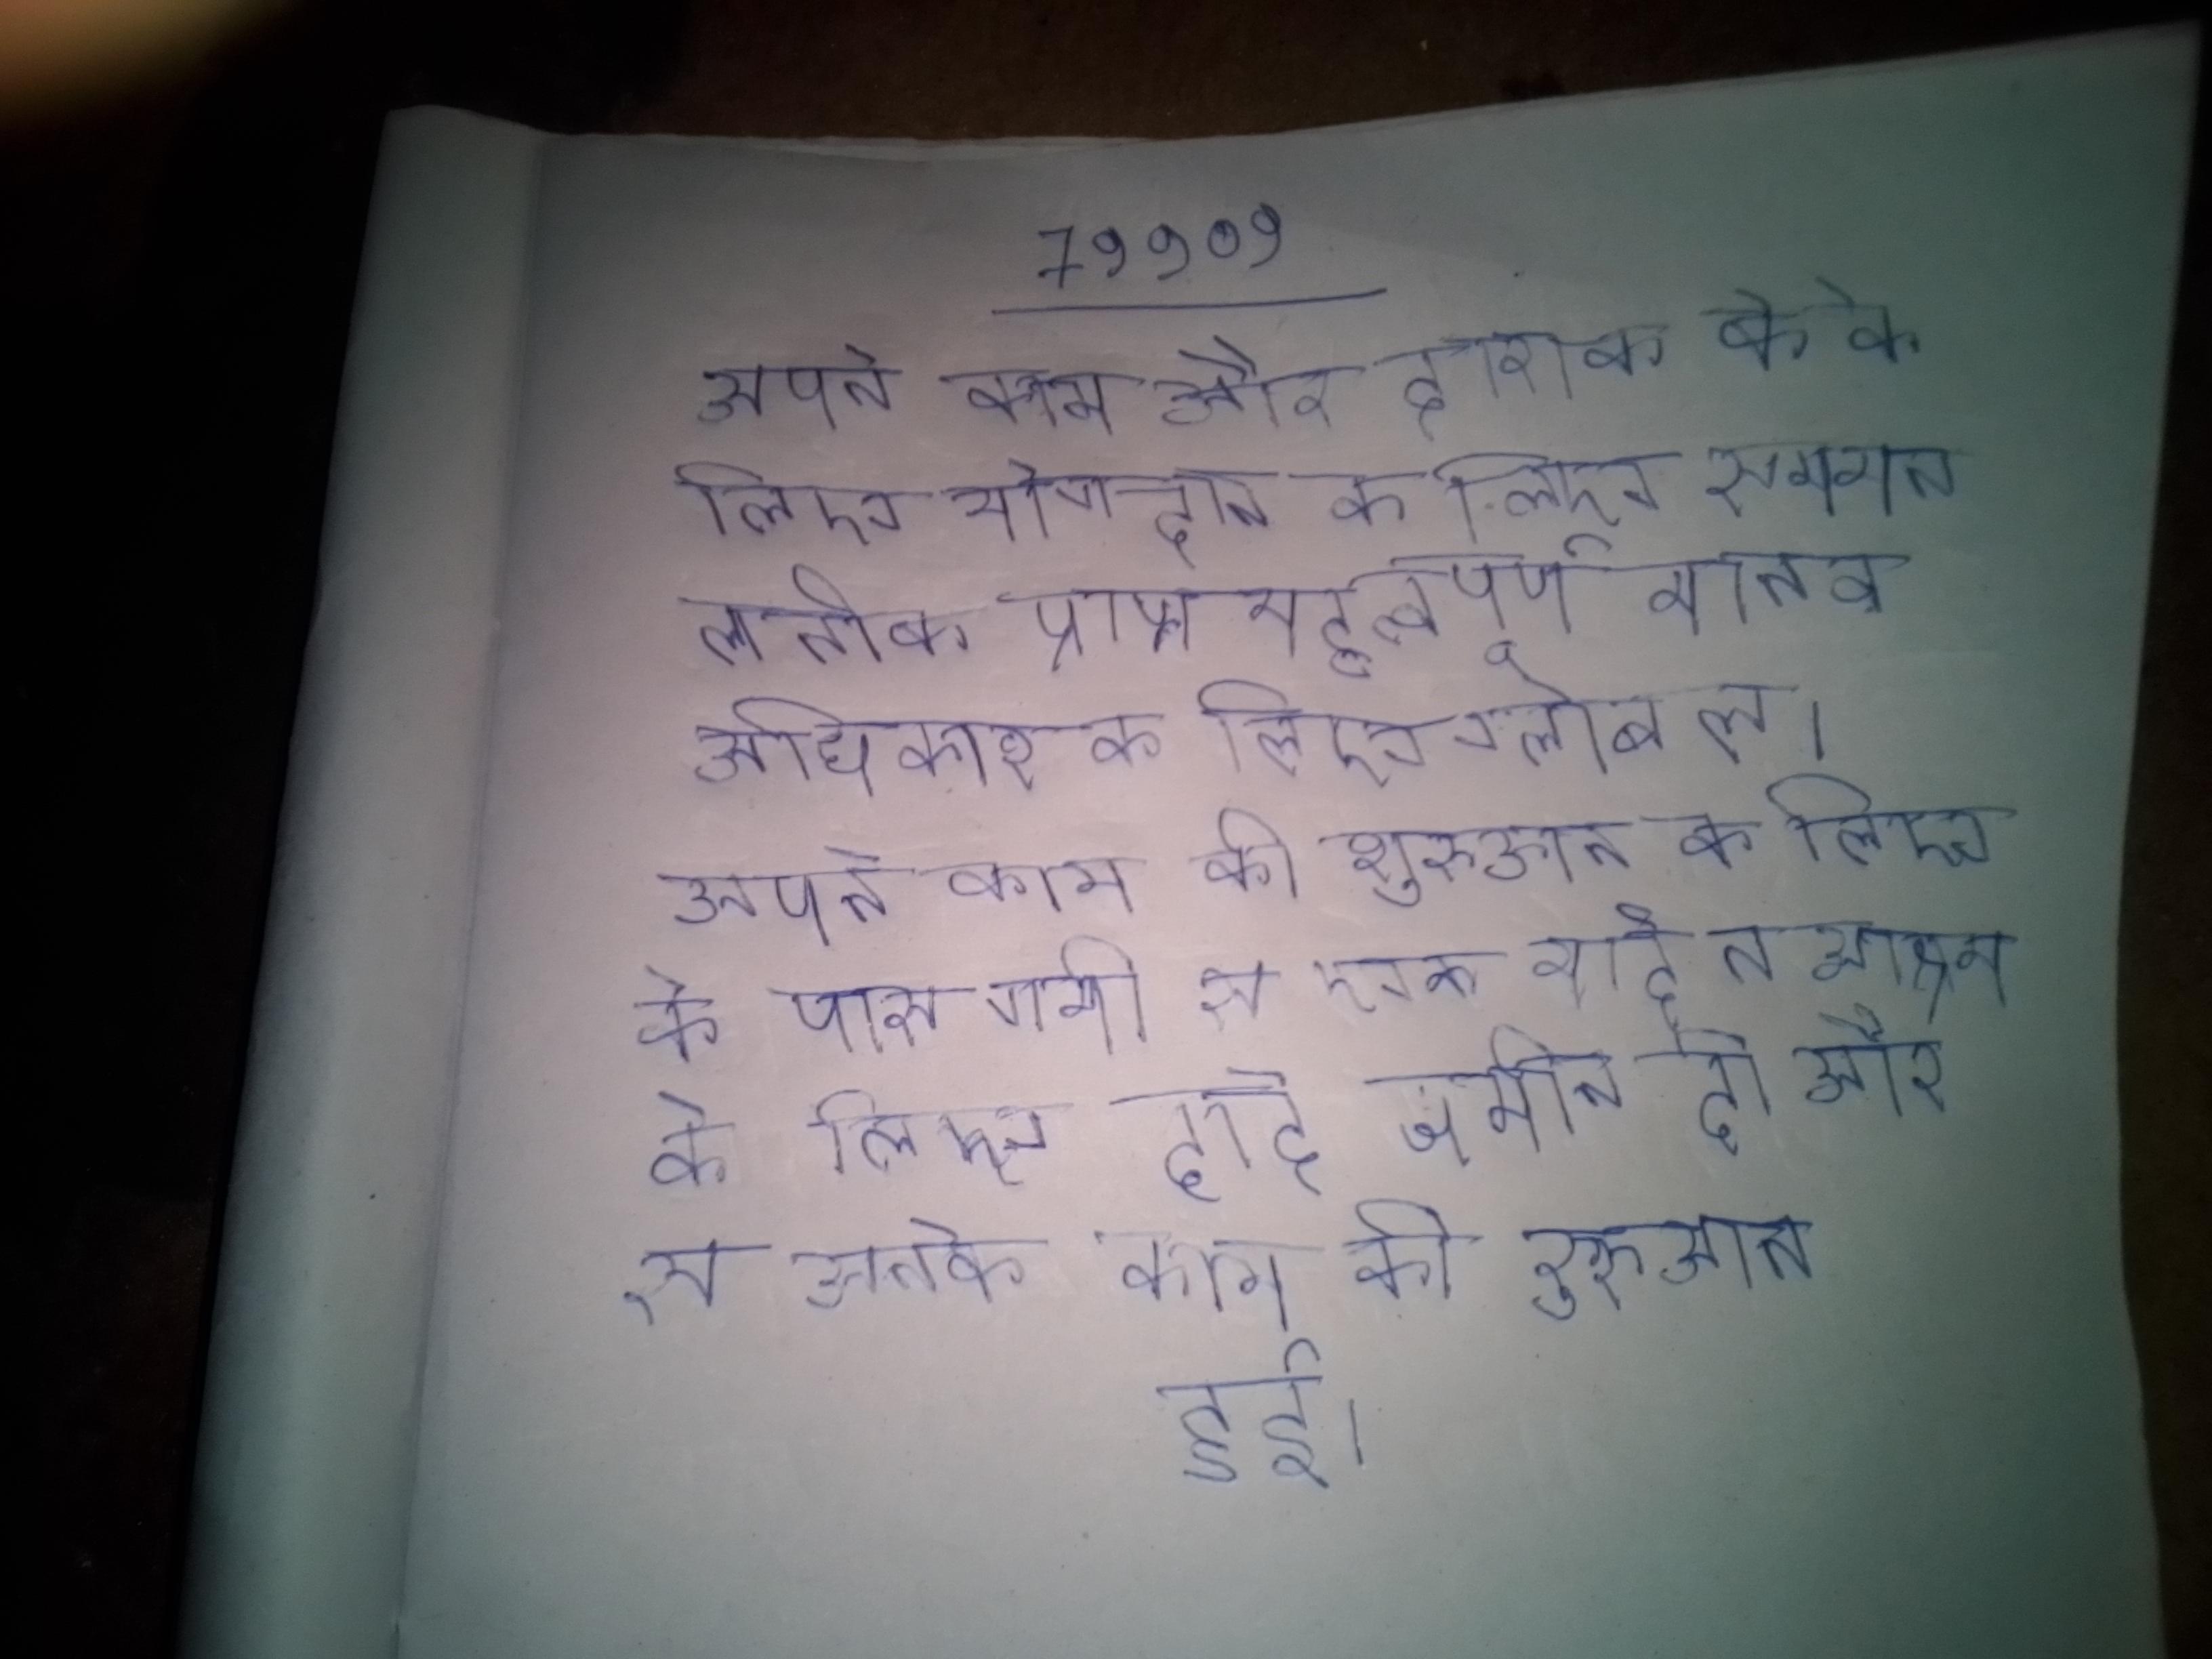
अपने काम और इराक के के लिए योगदान के लिए सम्मान लतीफ प्राप्त महत्वपूर्ण मानव अधिकार के लिए ग्लोबल लीडरशिप अवार्ड । अपने काम की शुरुआत के लिए के पास गयी से एक भाई ने आश्रम के लिए ढाई जमीन दी और से उनके काम की शुरुआत हुई ।